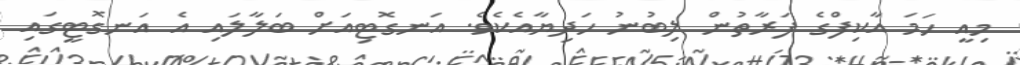
މިއީ ހަމަ އާކިފްގެ ފަރާތުން ލިބުނު ހަދިޔާއެކެވެ. އަނގޮޓިއަށް ބަލާލައި އެ އަނގޮޓީގައި